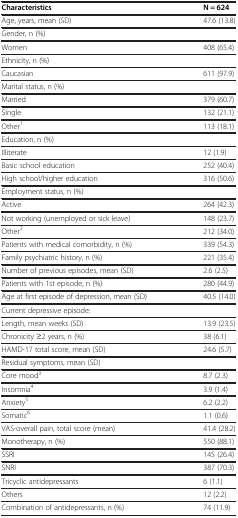
<table><thead><tr><td><b>Characteristics</b></td><td><b>N = 624</b></td></tr></thead><tbody><tr><td>Age, years, mean (SD)</td><td>47.6 (13.8)</td></tr><tr><td>Gender, n (%)</td><td> </td></tr><tr><td>Women</td><td>408 (65.4)</td></tr><tr><td>Ethnicity, n (%)</td><td> </td></tr><tr><td>Caucasian</td><td>611 (97.9)</td></tr><tr><td>Marital status, n (%)</td><td> </td></tr><tr><td>Married</td><td>379 (60.7)</td></tr><tr><td>Single</td><td>132 (21.1)</td></tr><tr><td>Other<sup>1</sup></td><td>113 (18.1)</td></tr><tr><td>Education, n (%)</td><td> </td></tr><tr><td>Illiterate</td><td>12 (1.9)</td></tr><tr><td>Basic school education</td><td>252 (40.4)</td></tr><tr><td>High school/higher education</td><td>316 (50.6)</td></tr><tr><td>Employment status, n (%)</td><td> </td></tr><tr><td>Active</td><td>264 (42.3)</td></tr><tr><td>Not working (unemployed or sick leave)</td><td>148 (23.7)</td></tr><tr><td>Other<sup>2</sup></td><td>212 (34.0)</td></tr><tr><td>Patients with medical comorbidity, n (%)</td><td>339 (54.3)</td></tr><tr><td>Family psychiatric history, n (%)</td><td>221 (35.4)</td></tr><tr><td>Number of previous episodes, mean (SD)</td><td>2.6 (2.5)</td></tr><tr><td>Patients with 1st episode, n (%)</td><td>280 (44.9)</td></tr><tr><td>Age at first episode of depression, mean (SD)</td><td>40.5 (14.0)</td></tr><tr><td>Current depressive episode:</td><td> </td></tr><tr><td>Length, mean weeks (SD)</td><td>13.9 (23.5)</td></tr><tr><td>Chronicity ≥2 years, n (%)</td><td>38 (6.1)</td></tr><tr><td>HAMD-17 total score, mean (SD)</td><td>24.6 (5.7)</td></tr><tr><td>Residual symptoms, mean (SD)</td><td> </td></tr><tr><td>Core mood<sup>3</sup></td><td>8.7 (2.3)</td></tr><tr><td>Insomnia<sup>4</sup></td><td>3.9 (1.4)</td></tr><tr><td>Anxiety<sup>5</sup></td><td>6.2 (2.2)</td></tr><tr><td>Somatic<sup>6</sup></td><td>1.1 (0.6)</td></tr><tr><td>VAS-overall pain, total score (mean)</td><td>41.4 (28.2)</td></tr><tr><td>Monotherapy, n (%)</td><td>550 (88.1)</td></tr><tr><td>SSRI</td><td>145 (26.4)</td></tr><tr><td>SNRI</td><td>387 (70.3)</td></tr><tr><td>Tricyclic antidepressants</td><td>6 (1.1)</td></tr><tr><td>Others</td><td>12 (2.2)</td></tr><tr><td>Combination of antidepressants, n (%)</td><td>74 (11.9)</td></tr></tbody></table>